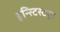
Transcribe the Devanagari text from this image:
इन्स्टिस्ट्यूट